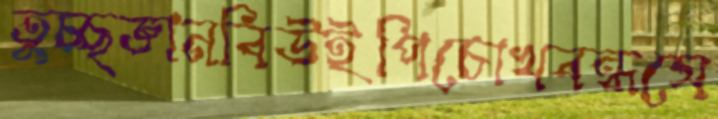
তুচ্ছজ্ঞানবিউইপিচোখবন্ধসে